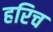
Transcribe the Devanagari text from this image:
हरिच